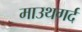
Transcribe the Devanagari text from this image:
माउथगर्द